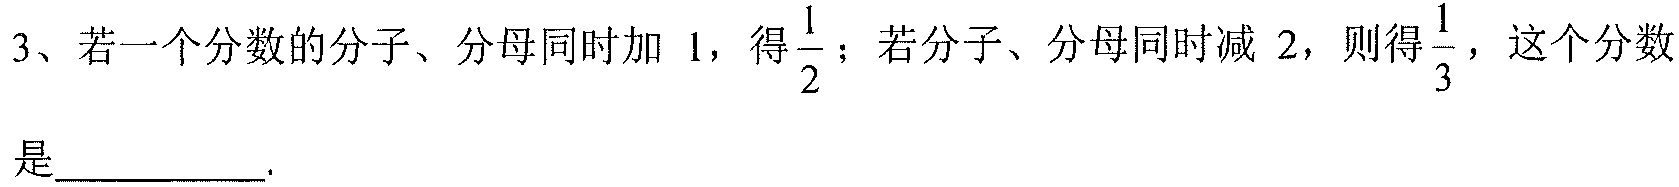
3、若一个分数的分子、分母同时加 1，得\(\dfrac{1}{2}\)；若分子、分母同时减 2，则得\(\dfrac{1}{3}\)，这个分数是 .